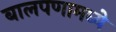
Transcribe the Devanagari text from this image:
बालपणामध्ये